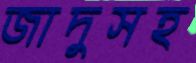
জাদুসহ